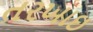
તરખાઇ